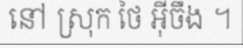
នៅ ស្រុក ថៃ អ៊ីចឹង ។